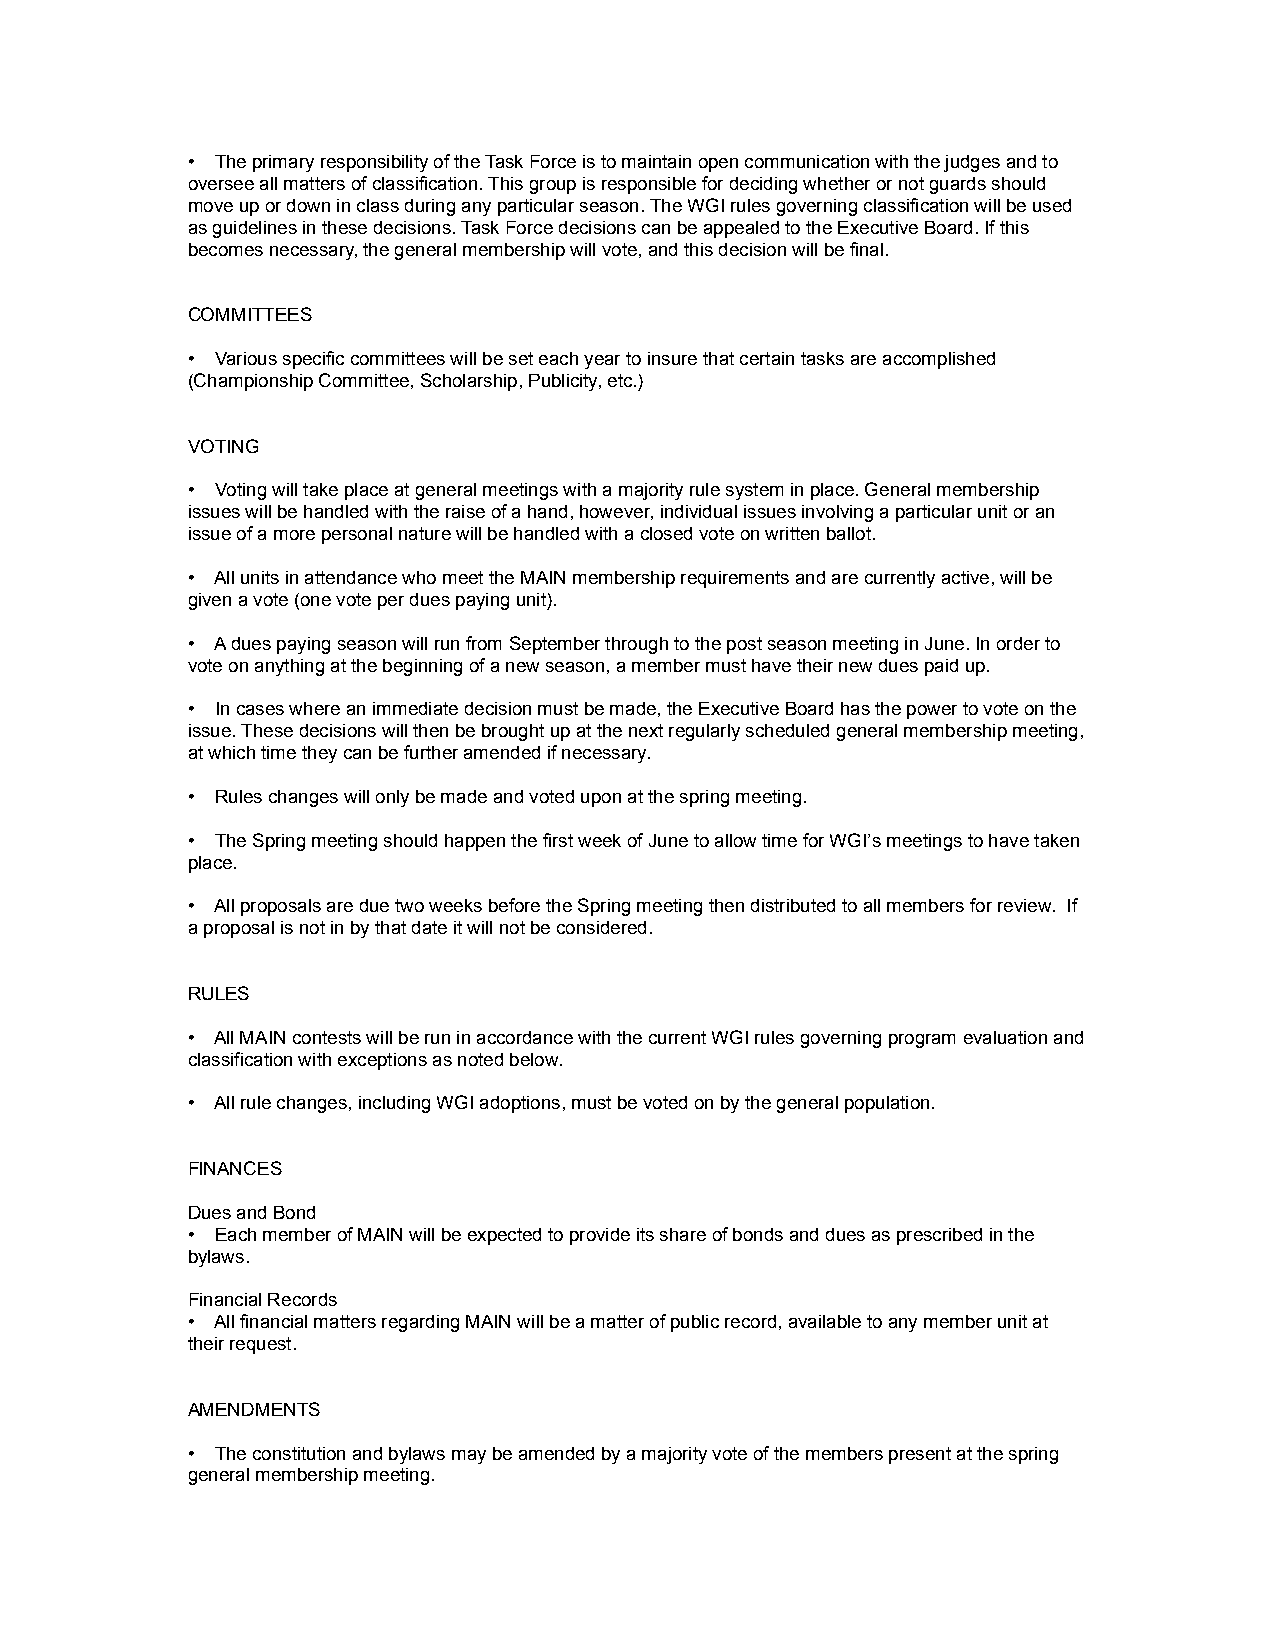
• The primary responsibility of the Task Force is to maintain open communication with the judges and to
 oversee all matters of classification. This group is responsible for deciding whether or not guards should
 move up or down in class during any particular season. The WGI rules governing classification will be used
 as guidelines in these decisions. Task Force decisions can be appealed to the Executive Board. If this
 becomes necessary, the general membership will vote, and this decision will be final.
 COMMITTEES
 • Various specific committees will be set each year to insure that certain tasks are accomplished
 (Championship Committee, Scholarship, Publicity, etc.)
 VOTING
 • Voting will take place at general meetings with a majority rule system in place. General membership
 issues will be handled with the raise of a hand, however, individual issues involving a particular unit or an
 issue of a more personal nature will be handled with a closed vote on written ballot.
 • All units in attendance who meet the MAIN membership requirements and are currently active, will be
 given a vote (one vote per dues paying unit).
 • A dues paying season will run from September through to the post season meeting in June. In order to
 vote on anything at the beginning of a new season, a member must have their new dues paid up.
 • In cases where an immediate decision must be made, the Executive Board has the power to vote on the
 issue. These decisions will then be brought up at the next regularly scheduled general membership meeting,
 at which time they can be further amended if necessary.
 • Rules changes will only be made and voted upon at the spring meeting.
 • The Spring meeting should happen the first week of June to allow time for WGI’s meetings to have taken
 place.
 • All proposals are due two weeks before the Spring meeting then distributed to all members for review. If
 a proposal is not in by that date it will not be considered.
 RULES
 • All MAIN contests will be run in accordance with the current WGI rules governing program evaluation and
 classification with exceptions as noted below.
 • All rule changes, including WGI adoptions, must be voted on by the general population.
 FINANCES
 Dues and Bond
 • Each member of MAIN will be expected to provide its share of bonds and dues as prescribed in the
 bylaws.
 Financial Records
 • All financial matters regarding MAIN will be a matter of public record, available to any member unit at
 their request.
 AMENDMENTS
 • The constitution and bylaws may be amended by a majority vote of the members present at the spring
 general membership meeting.